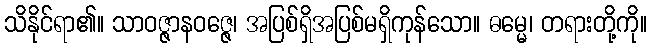
သိနိုင်ရာ၏။ သာဝဇ္ဇာနဝဇ္ဇေ၊ အပြစ်ရှိအပြစ်မရှိကုန်သော။ ဓမ္မေ၊ တရားတို့ကို။